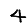
Digit: 4